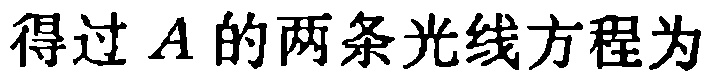
得过 \(A\) 的两条光线方程为